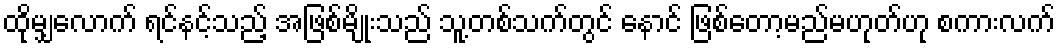
ထိုမျှလောက် ရင်နင့်သည့် အဖြစ်မျိုးသည် သူ့တစ်သက်တွင် နောင် ဖြစ်တော့မည်မဟုတ်ဟု စကားလက်